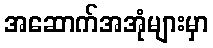
အဆောက်အအုံများမှာ